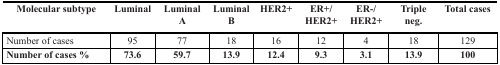
| Molecular subtype | Luminal | Luminal A | Luminal B | HER2+ | ER+/HER2+ | ER−/HER2+ | Triple neg. | Total cases |
 | --- | --- | --- | --- | --- | --- | --- | --- | --- |
 | Number of cases | 95 | 77 | 18 | 16 | 12 | 4 | 18 | 129 |
 | Number of cases % | 73.6 | 59.7 | 13.9 | 12.4 | 9.3 | 3.1 | 13.9 | 100 |